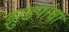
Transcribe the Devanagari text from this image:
झुडपांचा